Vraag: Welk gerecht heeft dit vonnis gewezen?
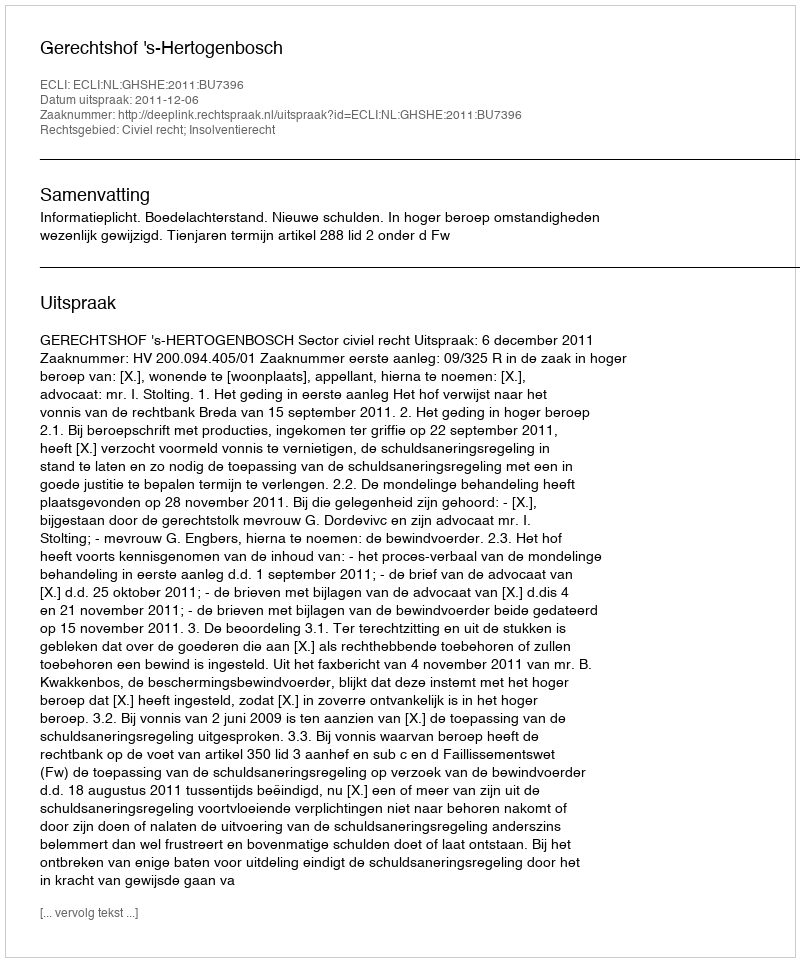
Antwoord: Gerechtshof 's-Hertogenbosch